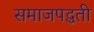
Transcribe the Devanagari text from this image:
समाजपद्धती